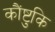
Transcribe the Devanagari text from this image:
कौंष्टुकि